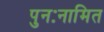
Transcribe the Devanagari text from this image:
पुनःनामित